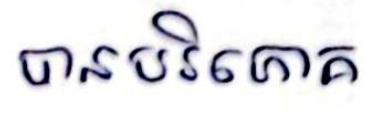
បានបរិភោគ